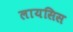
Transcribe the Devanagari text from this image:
लायसिस